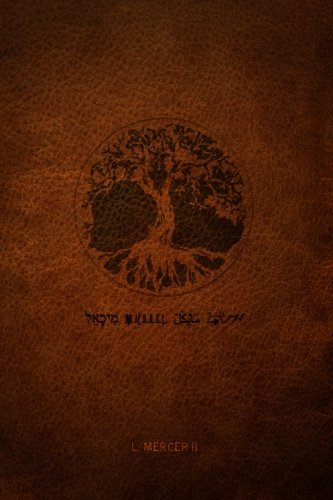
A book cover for Michael; L. Mercer II; Literature & Fiction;